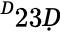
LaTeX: ^Ḋ23Ḍ